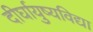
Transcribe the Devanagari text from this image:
दीर्घायुष्यविद्या